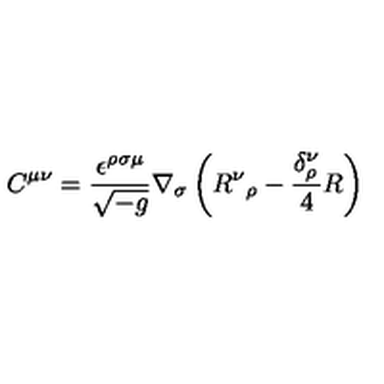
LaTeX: C ^ { \mu \nu } = \frac { \epsilon ^ { \rho \sigma \mu } } { \sqrt { - g } } \nabla _ { \sigma } \left( R { ^ \nu } { _ \rho } - \frac { \delta _ { \rho } ^ { \nu } } { 4 } R \right)